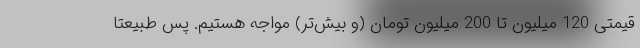
قیمتی 120 میلیون تا 200 میلیون تومان (و بیش‌تر) مواجه هستیم. پس طبیعتا